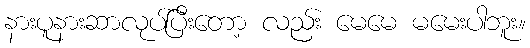
နားပူနားဆာလုပ်ပြီးတော့ လည်း မေမေ မမေးပါဘူး။